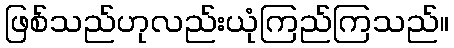
ဖြစ်သည်ဟုလည်းယုံကြည်ကြသည်။